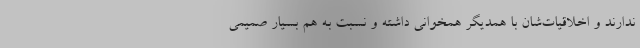
ندارند و اخلاقیات‌شان با همدیگر همخوانی داشته و نسبت به هم بسیار صمیمی